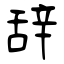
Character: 辞